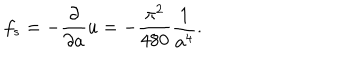
LaTeX: f _ { s } = - { \frac { \partial } { \partial a } } u = - { \frac { \pi ^ { 2 } } { 4 8 0 } } { \frac { 1 } { a ^ { 4 } } } .